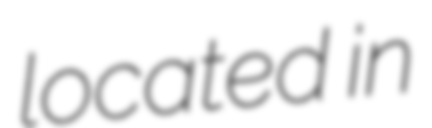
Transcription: located in